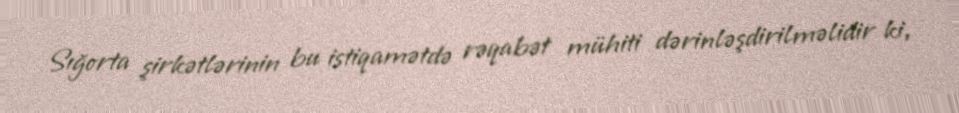
Sığorta şirkətlərinin bu istiqamətdə rəqabət mühiti dərinləşdirilməlidir ki,